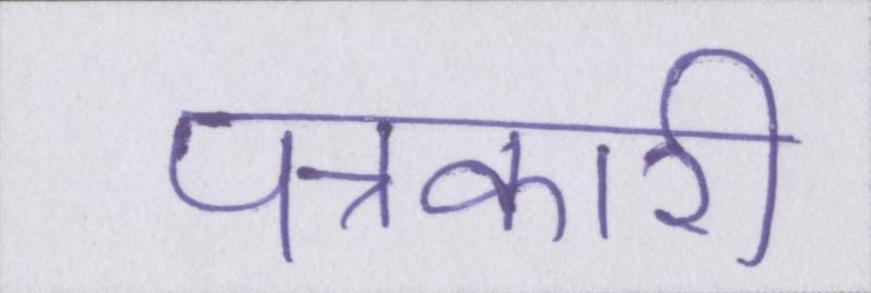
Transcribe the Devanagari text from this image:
पत्रकारी